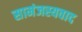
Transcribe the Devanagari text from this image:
सामंजस्यवाद